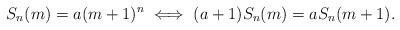
LaTeX: \begin{align*}S_n(m)=a(m+1)^n \iff (a+1) S_n(m) = a S_n(m+1).\end{align*}